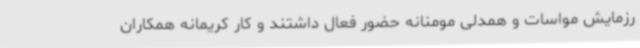
رزمایش مواسات و همدلی مومنانه حضور فعال داشتند و کار کریمانه همکاران